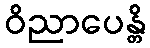
ဝိညာပေန္တိ